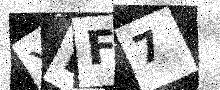
Text: YHF7